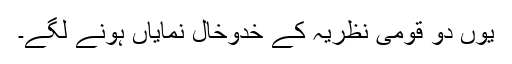
یوں دو قومی نظریہ کے خدوخال نمایاں ہونے لگے۔